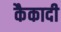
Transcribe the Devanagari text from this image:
कैकादी